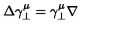
\Delta \gamma _ { \perp } ^ { \mu } = \gamma _ { \perp } ^ { \mu } \nabla